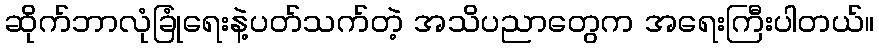
ဆိုက်ဘာလုံခြုံရေးနဲ့ပတ်သက်တဲ့ အသိပညာတွေက အရေးကြီးပါတယ်။